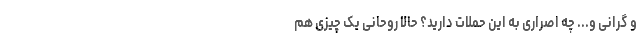
و گرانی و... چه اصراری به این حملات دارید؟ حالا روحانی یک چیزی هم